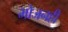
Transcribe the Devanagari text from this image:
भोजनही